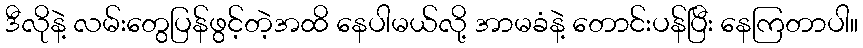
ဒီလိုနဲ့ လမ်းတွေပြန်ဖွင့်တဲ့အထိ နေပါမယ်လို့ အာမခံနဲ့ တောင်းပန်ပြီး နေကြတာပါ။